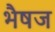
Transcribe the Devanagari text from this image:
भैषज